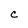
Character: c